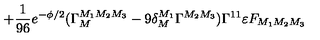
+ { \frac { 1 } { 9 6 } } e ^ { - \phi / 2 } ( \Gamma _ { M } ^ { M _ { 1 } M _ { 2 } M _ { 3 } } - 9 \delta _ { M } ^ { M _ { 1 } } \Gamma ^ { M _ { 2 } M _ { 3 } } ) \Gamma ^ { 1 1 } \varepsilon F _ { M _ { 1 } M _ { 2 } M _ { 3 } }